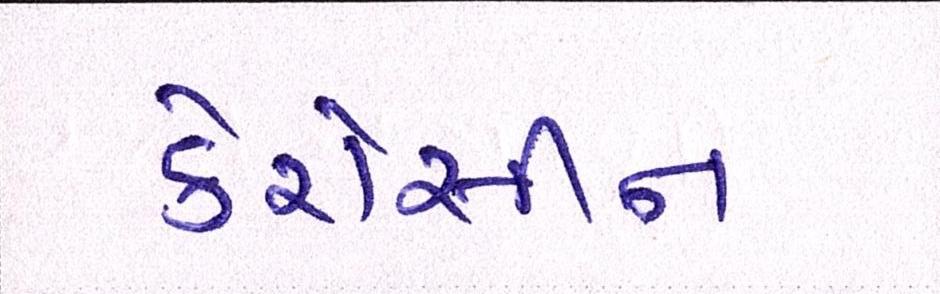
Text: કેરોસીન